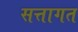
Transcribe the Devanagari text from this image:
सत्तागत